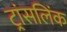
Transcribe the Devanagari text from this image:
ट्रांसलिंक